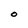
Character: O